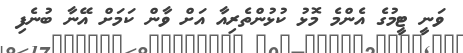
ވަނީ ޓީމުގެ އެންމެ މޮޅު ކުޅުންތެރިއާ އަށް ވާން ކަމަށް އޭނާ ބުނެފި